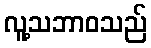
လူ့သဘာဝသည်